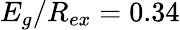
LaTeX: E_{g}/R_{ex}=0.34